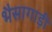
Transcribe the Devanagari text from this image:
भैसागाड़ी